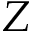
Z